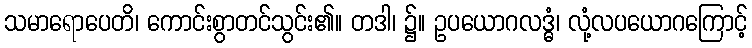
သမာရောပေတိ၊ ကောင်းစွာတင်သွင်း၏။ တဒါ၊ ၌။ ဥပယောဂလဒ္ဓံ၊ လုံ့လပယောဂကြောင့်